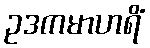
ဥဒကမာဟရိံ